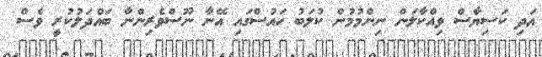
އަދި ކަސިޔާސް ވިއްކާލަން ނިންމުމުން ކުލަބު ހައުސްގައި އޭނާ ނޫސްވެރިންނާ ބައްދަލުކުރީ ވެސް